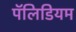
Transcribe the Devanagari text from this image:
पॅलिडियम